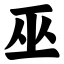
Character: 巫